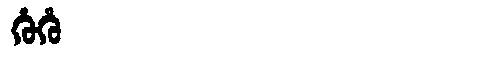
Manchu: ᡥᡠᡥᡠ
Romanization: HUHU